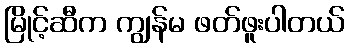
မြိုင့်ဆီက ကျွန်မ ဖတ်ဖူးပါတယ်